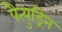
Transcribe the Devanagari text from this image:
पैत्युड्रिन